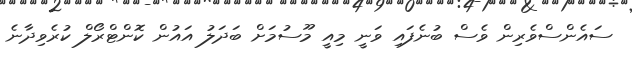
ސައެންސްވެރިން ވެސް ބުނެފައި ވަނީ މިއީ މޫސުމަށް ބަދަލު އައުން ކޮންޓްރޯލް ކުރެވިދާނެ